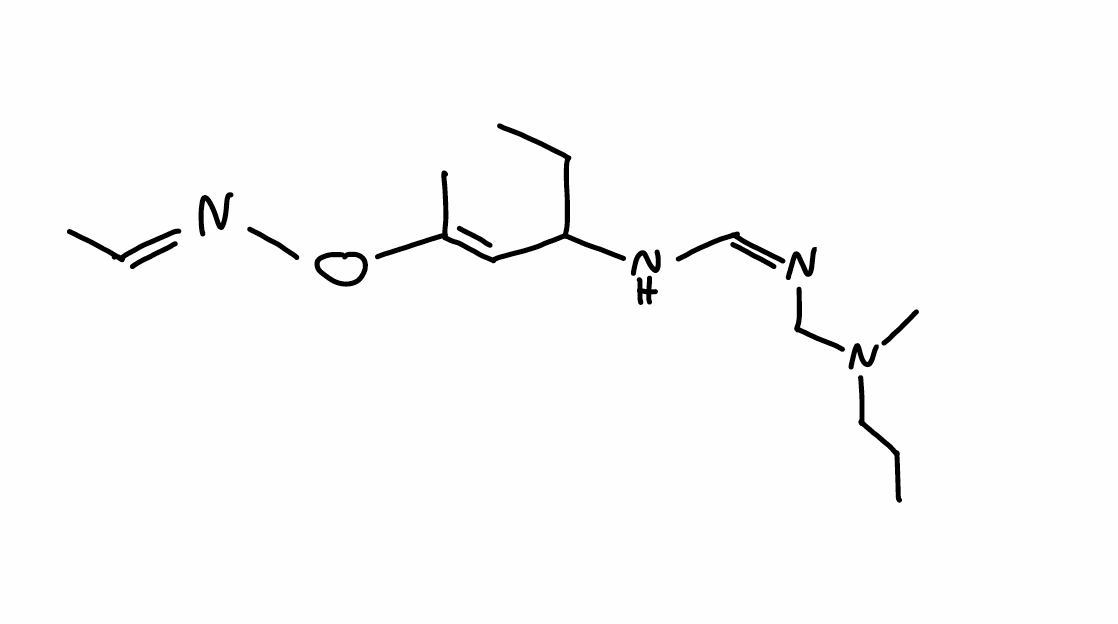
Simplified molecular-input line-entry system (SMILES) notation of the given molecule:
CCCN(C)C/N=C\NC(CC)/C=C(\C)/O/N=C/C